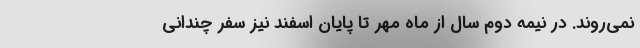
نمی‌روند. در نیمه دوم سال از ماه مهر تا پایان اسفند نیز سفر چندانی